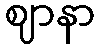
ဈာနာ